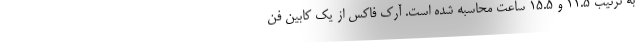
به ترتیب 11.5 و 15.5 ساعت محاسبه شده است. آرک فاکس از یک کابین فن